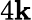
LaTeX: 4\mathbf{k}